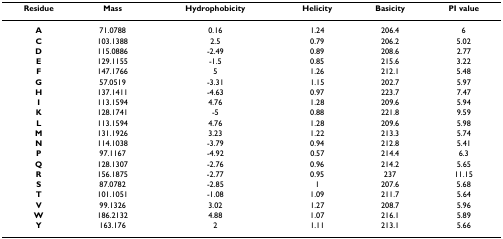
<table><thead><tr><td><b>Residue</b></td><td><b>Mass</b></td><td><b>Hydrophobicity</b></td><td><b>Helicity</b></td><td><b>Basicity</b></td><td><b>PI value</b></td></tr></thead><tbody><tr><td><b>A</b></td><td>71.0788</td><td>0.16</td><td>1.24</td><td>206.4</td><td>6</td></tr><tr><td><b>C</b></td><td>103.1388</td><td>2.5</td><td>0.79</td><td>206.2</td><td>5.02</td></tr><tr><td><b>D</b></td><td>115.0886</td><td>-2.49</td><td>0.89</td><td>208.6</td><td>2.77</td></tr><tr><td><b>E</b></td><td>129.1155</td><td>-1.5</td><td>0.85</td><td>215.6</td><td>3.22</td></tr><tr><td><b>F</b></td><td>147.1766</td><td>5</td><td>1.26</td><td>212.1</td><td>5.48</td></tr><tr><td><b>G</b></td><td>57.0519</td><td>-3.31</td><td>1.15</td><td>202.7</td><td>5.97</td></tr><tr><td><b>H</b></td><td>137.1411</td><td>-4.63</td><td>0.97</td><td>223.7</td><td>7.47</td></tr><tr><td><b>I</b></td><td>113.1594</td><td>4.76</td><td>1.28</td><td>209.6</td><td>5.94</td></tr><tr><td><b>K</b></td><td>128.1741</td><td>-5</td><td>0.88</td><td>221.8</td><td>9.59</td></tr><tr><td><b>L</b></td><td>113.1594</td><td>4.76</td><td>1.28</td><td>209.6</td><td>5.98</td></tr><tr><td><b>M</b></td><td>131.1926</td><td>3.23</td><td>1.22</td><td>213.3</td><td>5.74</td></tr><tr><td><b>N</b></td><td>114.1038</td><td>-3.79</td><td>0.94</td><td>212.8</td><td>5.41</td></tr><tr><td><b>P</b></td><td>97.1167</td><td>-4.92</td><td>0.57</td><td>214.4</td><td>6.3</td></tr><tr><td><b>Q</b></td><td>128.1307</td><td>-2.76</td><td>0.96</td><td>214.2</td><td>5.65</td></tr><tr><td><b>R</b></td><td>156.1875</td><td>-2.77</td><td>0.95</td><td>237</td><td>11.15</td></tr><tr><td><b>S</b></td><td>87.0782</td><td>-2.85</td><td>1</td><td>207.6</td><td>5.68</td></tr><tr><td><b>T</b></td><td>101.1051</td><td>-1.08</td><td>1.09</td><td>211.7</td><td>5.64</td></tr><tr><td><b>V</b></td><td>99.1326</td><td>3.02</td><td>1.27</td><td>208.7</td><td>5.96</td></tr><tr><td><b>W</b></td><td>186.2132</td><td>4.88</td><td>1.07</td><td>216.1</td><td>5.89</td></tr><tr><td><b>Y</b></td><td>163.176</td><td>2</td><td>1.11</td><td>213.1</td><td>5.66</td></tr></tbody></table>